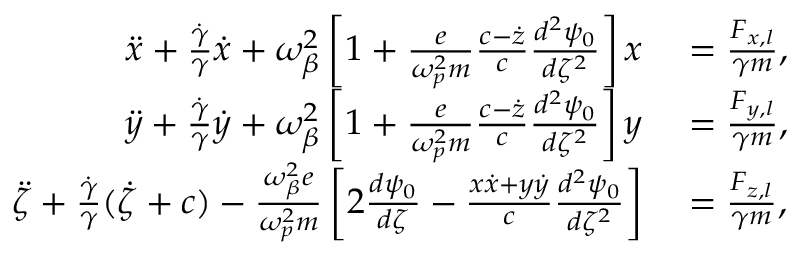
\begin{array} { r l } { \ddot { x } + \frac { \dot { \gamma } } { \gamma } \dot { x } + \omega _ { \beta } ^ { 2 } \left[ 1 + \frac { e } { \omega _ { p } ^ { 2 } m } \frac { c - \dot { z } } { c } \frac { d ^ { 2 } \psi _ { 0 } } { d \zeta ^ { 2 } } \right] x } & { { } = \frac { F _ { x , l } } { \gamma m } , } \\ { \ddot { y } + \frac { \dot { \gamma } } { \gamma } \dot { y } + \omega _ { \beta } ^ { 2 } \left[ 1 + \frac { e } { \omega _ { p } ^ { 2 } m } \frac { c - \dot { z } } { c } \frac { d ^ { 2 } \psi _ { 0 } } { d \zeta ^ { 2 } } \right] y } & { { } = \frac { F _ { y , l } } { \gamma m } , } \\ { \ddot { \zeta } + \frac { \dot { \gamma } } { \gamma } ( \dot { \zeta } + c ) - \frac { \omega _ { \beta } ^ { 2 } e } { \omega _ { p } ^ { 2 } m } \left[ 2 \frac { d \psi _ { 0 } } { d \zeta } - \frac { x \dot { x } + y \dot { y } } { c } \frac { d ^ { 2 } \psi _ { 0 } } { d \zeta ^ { 2 } } \right] } & { { } = \frac { F _ { z , l } } { \gamma m } , } \end{array}